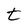
Character: t